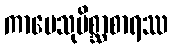
ကာမေသုမိစ္ဆာစာရဿ